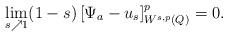
LaTeX: \begin{align*} \lim_{s\nearrow 1} (1-s)\, [\Psi_a - u_s]^p_{W^{s,p}(Q)}=0.\end{align*}